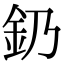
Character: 釢